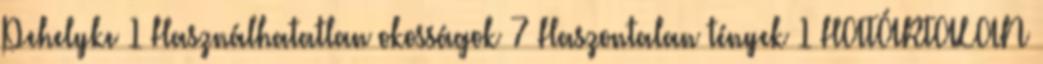
Pehelyke 1 Használhatatlan okosságok 7 Haszontalan tények 1 HATÁRTALAN